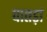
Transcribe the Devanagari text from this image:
पातड़ां